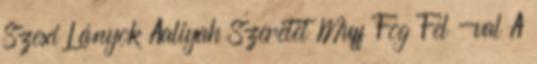
Szexi Lányok Aaliyah Szeretet Muff Fog Fel -val A